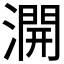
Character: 𣾺